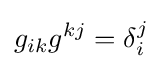
g_{ik}g^{kj}=\delta _{i}^{j}